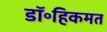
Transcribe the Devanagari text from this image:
डॉ॰हिकमत